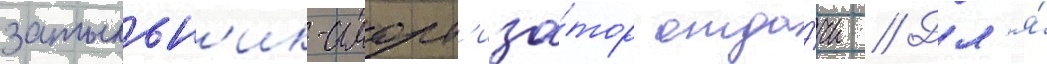
затыльн'ик-аморт'иза́тор отда́чи // Дл'я́